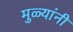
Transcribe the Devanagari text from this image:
मुळ्यांनी